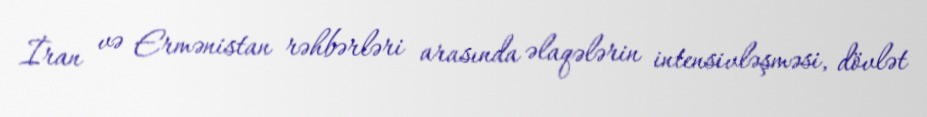
İran və Ermənistan rəhbərləri arasında əlaqələrin intensivləşməsi, dövlət